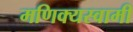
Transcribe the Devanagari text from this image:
मणिक्यस्वामी